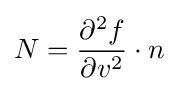
N={\frac {\partial ^{2}f}{\partial v^{2}}}\cdot n